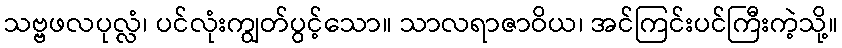
သဗ္ဗဖလပုလ္လံ၊ ပင်လုံးကျွတ်ပွင့်သော။ သာလရာဇာဝိယ၊ အင်ကြင်းပင်ကြီးကဲ့သို့။